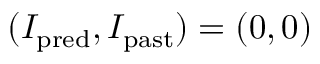
( I _ { \mathrm { p r e d } } , I _ { \mathrm { p a s t } } ) = ( 0 , 0 )